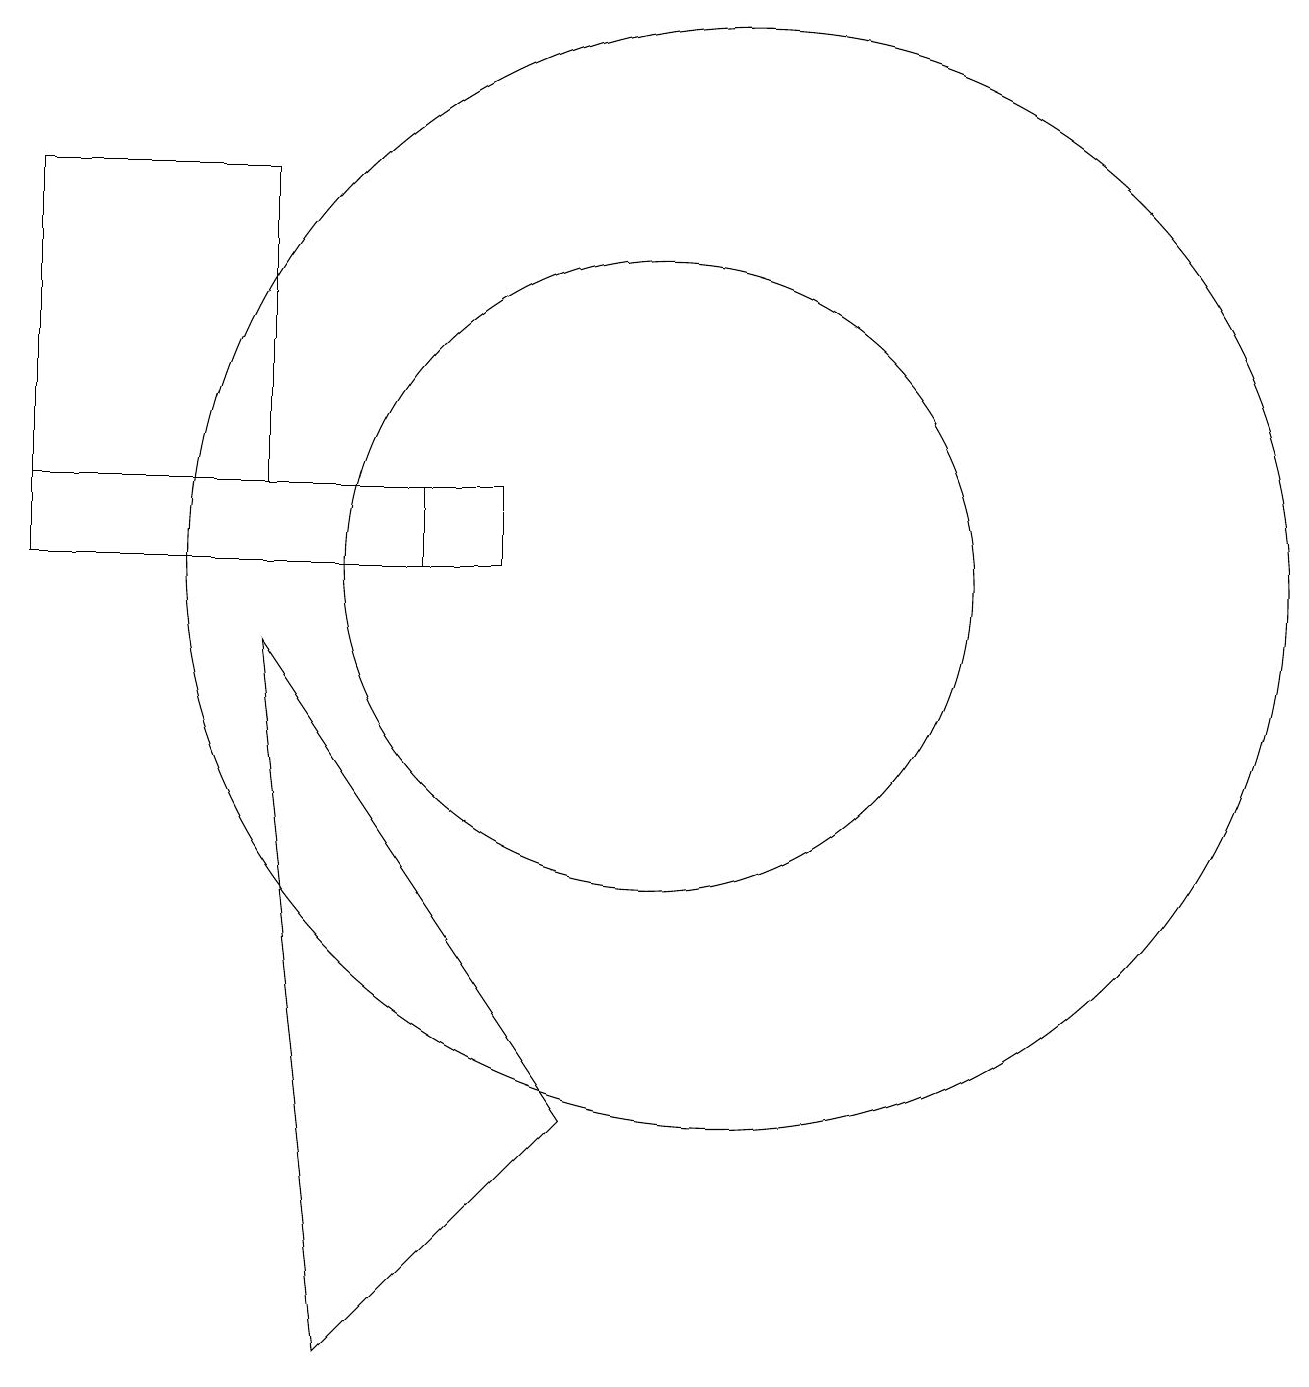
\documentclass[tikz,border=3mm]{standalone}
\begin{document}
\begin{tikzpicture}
\draw (10,10) circle (4);
\draw (11,10) circle (7);
\draw (7,10) rectangle (2,11);
\draw (2,15) rectangle (5,11);
\draw (6,0) -- (5,9) -- (9,3) -- cycle;
\draw (2,10) rectangle (8,11);
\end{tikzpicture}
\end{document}